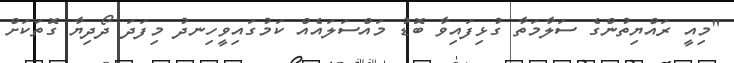
"މިއީ ރައްޔިތުންގެ ސަލާމަތާ ގުޅިފައިވާ ބޮޑު މައްސަލައެއް ކަމުގައިވީހިނދު މިފަދަ ދޯދިޔާ ގޮތަކަށް